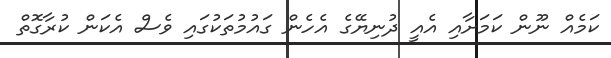
ކަމެއް ނޫން ކަމަށާއި އެއީ ދުނިޔޭގެ އެހެން ގައުމުތަކުގައި ވެސް އެކަން ކުރާގޮތް